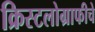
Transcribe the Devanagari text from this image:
क्रिस्टलोग्राफीचे